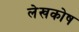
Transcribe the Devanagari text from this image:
लेखकोष